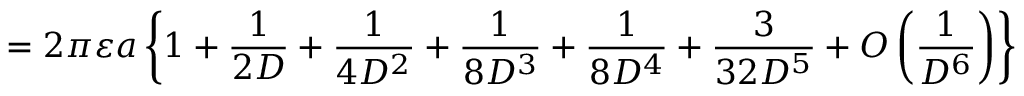
= 2 \pi \varepsilon a \left\{ 1 + { \frac { 1 } { 2 D } } + { \frac { 1 } { 4 D ^ { 2 } } } + { \frac { 1 } { 8 D ^ { 3 } } } + { \frac { 1 } { 8 D ^ { 4 } } } + { \frac { 3 } { 3 2 D ^ { 5 } } } + O \left( { \frac { 1 } { D ^ { 6 } } } \right) \right\}